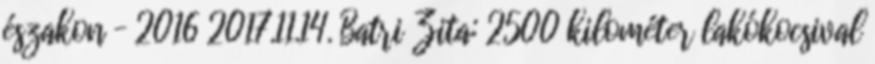
északon – 2016 2017.11.14. Batri Zita: 2500 kilométer lakókocsival